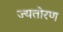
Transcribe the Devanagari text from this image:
ज्यतोरण